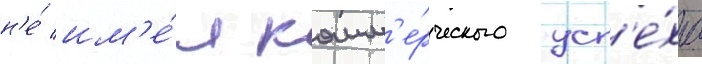
н'е́ им'е́л комм'е́рческого усп'е́ха